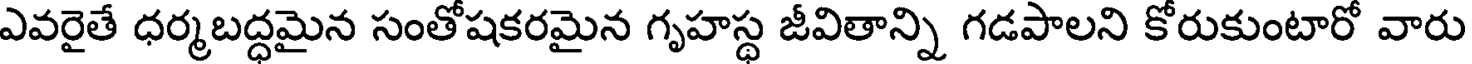
ఎవరైతే ధర్మబద్ధమైన సంతోషకరమైన గృహస్థ జీవితాన్ని గడపాలని కోరుకుంటారో వారు